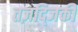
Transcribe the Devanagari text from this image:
तज़द्जिकी